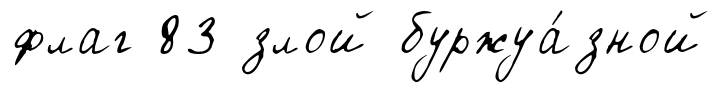
флаг 83 злой буржуа́зной